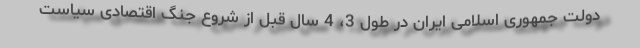
دولت جمهوری اسلامی ایران در طول 3، 4 سال قبل از شروع جنگ اقتصادی سیاست